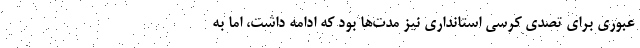
عبوری برای تصدی کرسی استانداری نیز مدت‌ها بود که ادامه داشت، اما به